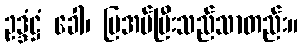
ဥဒ္ဒံဋ္ဌံ ခေါ၊ ပြအပ်ပြီးသည်သာတည်း။